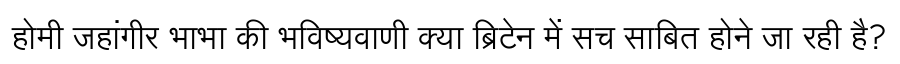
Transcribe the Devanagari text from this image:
होमी जहांगीर भाभा की भविष्यवाणी क्या ब्रिटेन में सच साबित होने जा रही है?